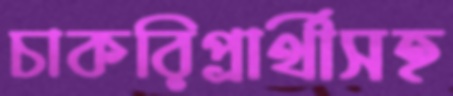
চাকরিপ্রার্থীসহ